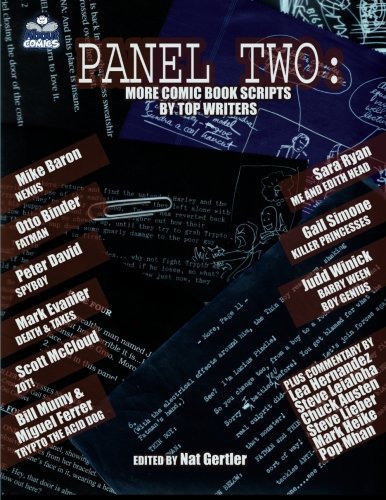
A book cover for Panel Two: More Comic Book Scripts By Top Writers (Panel One Scripts by Top Comics Writers Tp (New Prtg)); Nat Gertler; Comics & Graphic Novels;